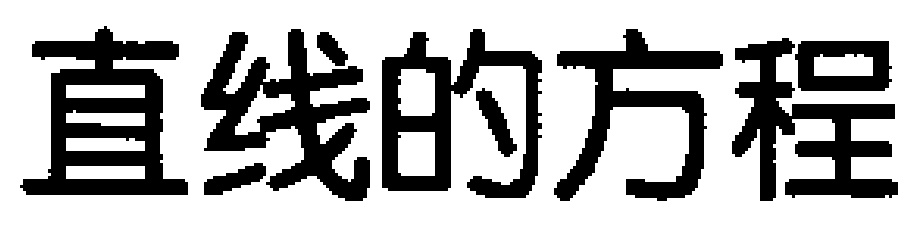
直线的方程